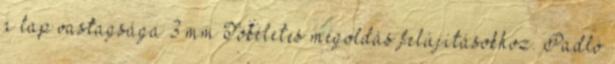
a lap vastagsága 3 mm Tökéletes megoldás felújításokhoz. Padló